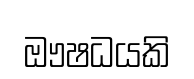
ඖෂධයකි